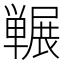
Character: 冁